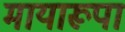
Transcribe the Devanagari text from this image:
मायारूपा